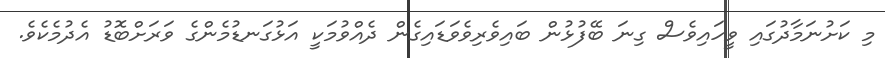
މި ކަށުނަމާދުގައި ވީހައިވެސް ގިނަ ބޭފުޅުން ބައިވެރިވެވަޑައިގެން ދެއްވުމަކީ އަޅުގަނޑުމެންގެ ވަރަށްބޮޑު އެދުމެކެވެ.